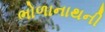
ભોળાનાથની